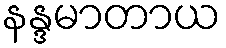
နန္ဒမာတာယ